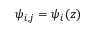
\psi _ { i , j } = \psi _ { i } ( z )